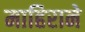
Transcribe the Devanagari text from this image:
माहिराने